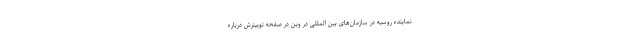
نماینده روسیه در سازمان‌های بین المللی در وین در صفحه توییترش درباره